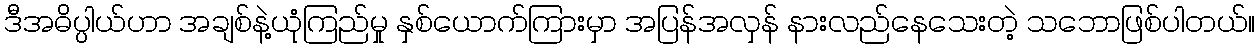
ဒီအဓိပ္ပါယ်ဟာ အချစ်နဲ့ယုံကြည်မှု နှစ်ယောက်ကြားမှာ အပြန်အလှန် နားလည်နေသေးတဲ့ သဘောဖြစ်ပါတယ်။